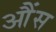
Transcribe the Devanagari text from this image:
आैंस